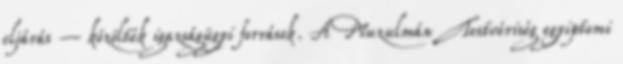
eljárás – közölték igazságügyi források. A Muzulmán Testvériség egyiptomi